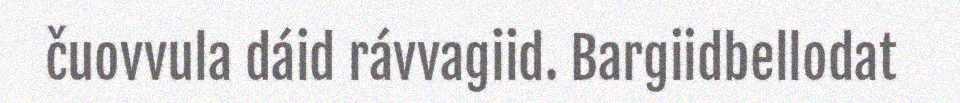
čuovvula dáid rávvagiid. Bargiidbellodat